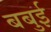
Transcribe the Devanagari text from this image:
बबुई